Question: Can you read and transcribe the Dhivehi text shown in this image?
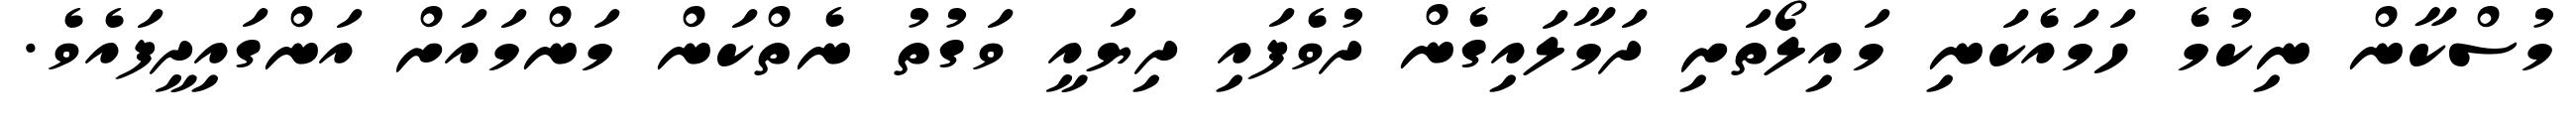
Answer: މުސްކާން ނިކުމެ ހަމައެކަނި މައިލޯތަށި ދަމާލައިގެން ދުވެފައި ދިޔައީ ވަގުތު ނެތްކަން މަންމައަށް އަންގައިދީފައެވެ.